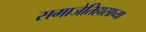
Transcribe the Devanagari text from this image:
समाजेतिहासाच्या